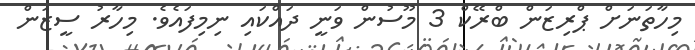
މިހާތަނަށް ޕްރިޒަން ބްރޭކް 3 މޫސުން ވަނީ ދައްކައި ނިމިފައެވެ. މިހާރު ސީޒަން